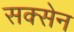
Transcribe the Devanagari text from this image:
सक्सेन